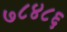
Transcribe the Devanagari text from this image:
७८४८६